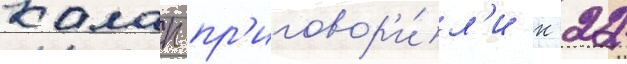
калап пр'иговор'и́л'и к 22